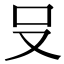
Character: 𪠲